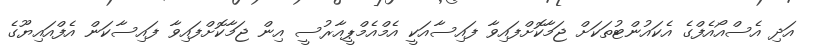
އަދި އެސްއޯއެފްގެ އެކައުންޓުތަކަށް ޖަމާކޮށްފައިވާ ފައިސާއަކީ އެމްއެމްޕީއާރުސީ އިން ޖަމާކޮށްފައިވާ ފައިސާކަން އެފްއައިޔޫގެ